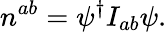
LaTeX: n^{ab}=\psi^{\dagger}I_{ab}\psi.